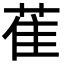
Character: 萑